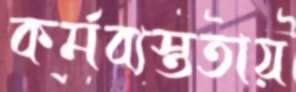
কর্মব্যস্ততায়